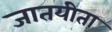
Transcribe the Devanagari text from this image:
जातयीता